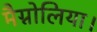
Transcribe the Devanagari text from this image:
मैग्नोलिया।